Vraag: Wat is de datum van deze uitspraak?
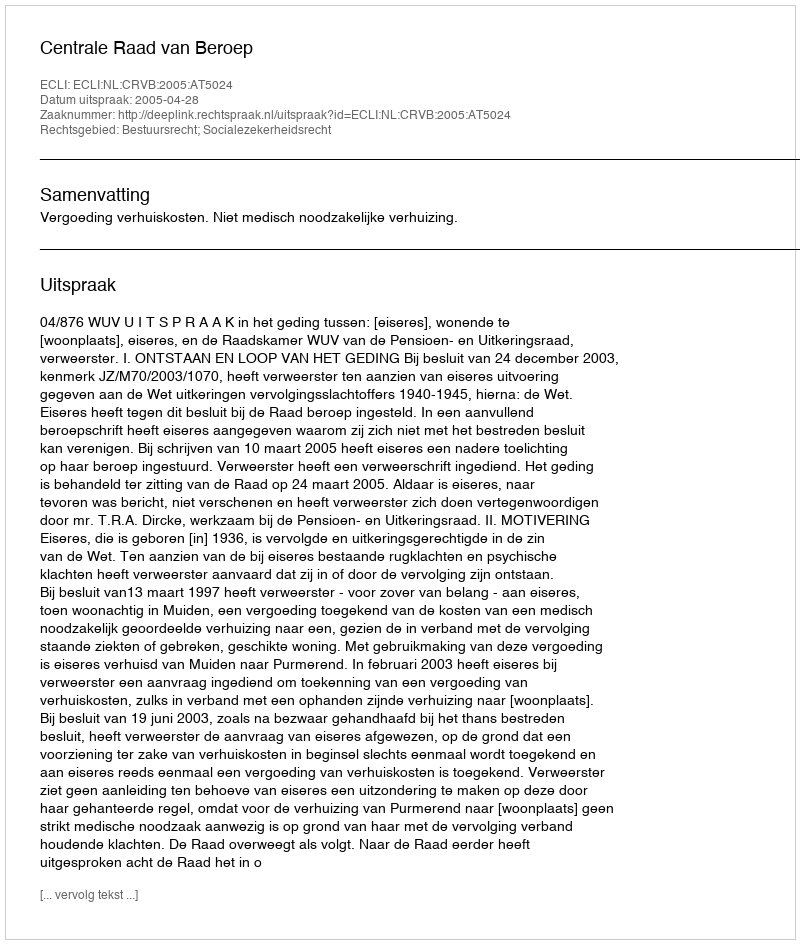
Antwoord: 2005-04-28